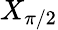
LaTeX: X_{\pi/2}